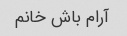
آرام باش خانم